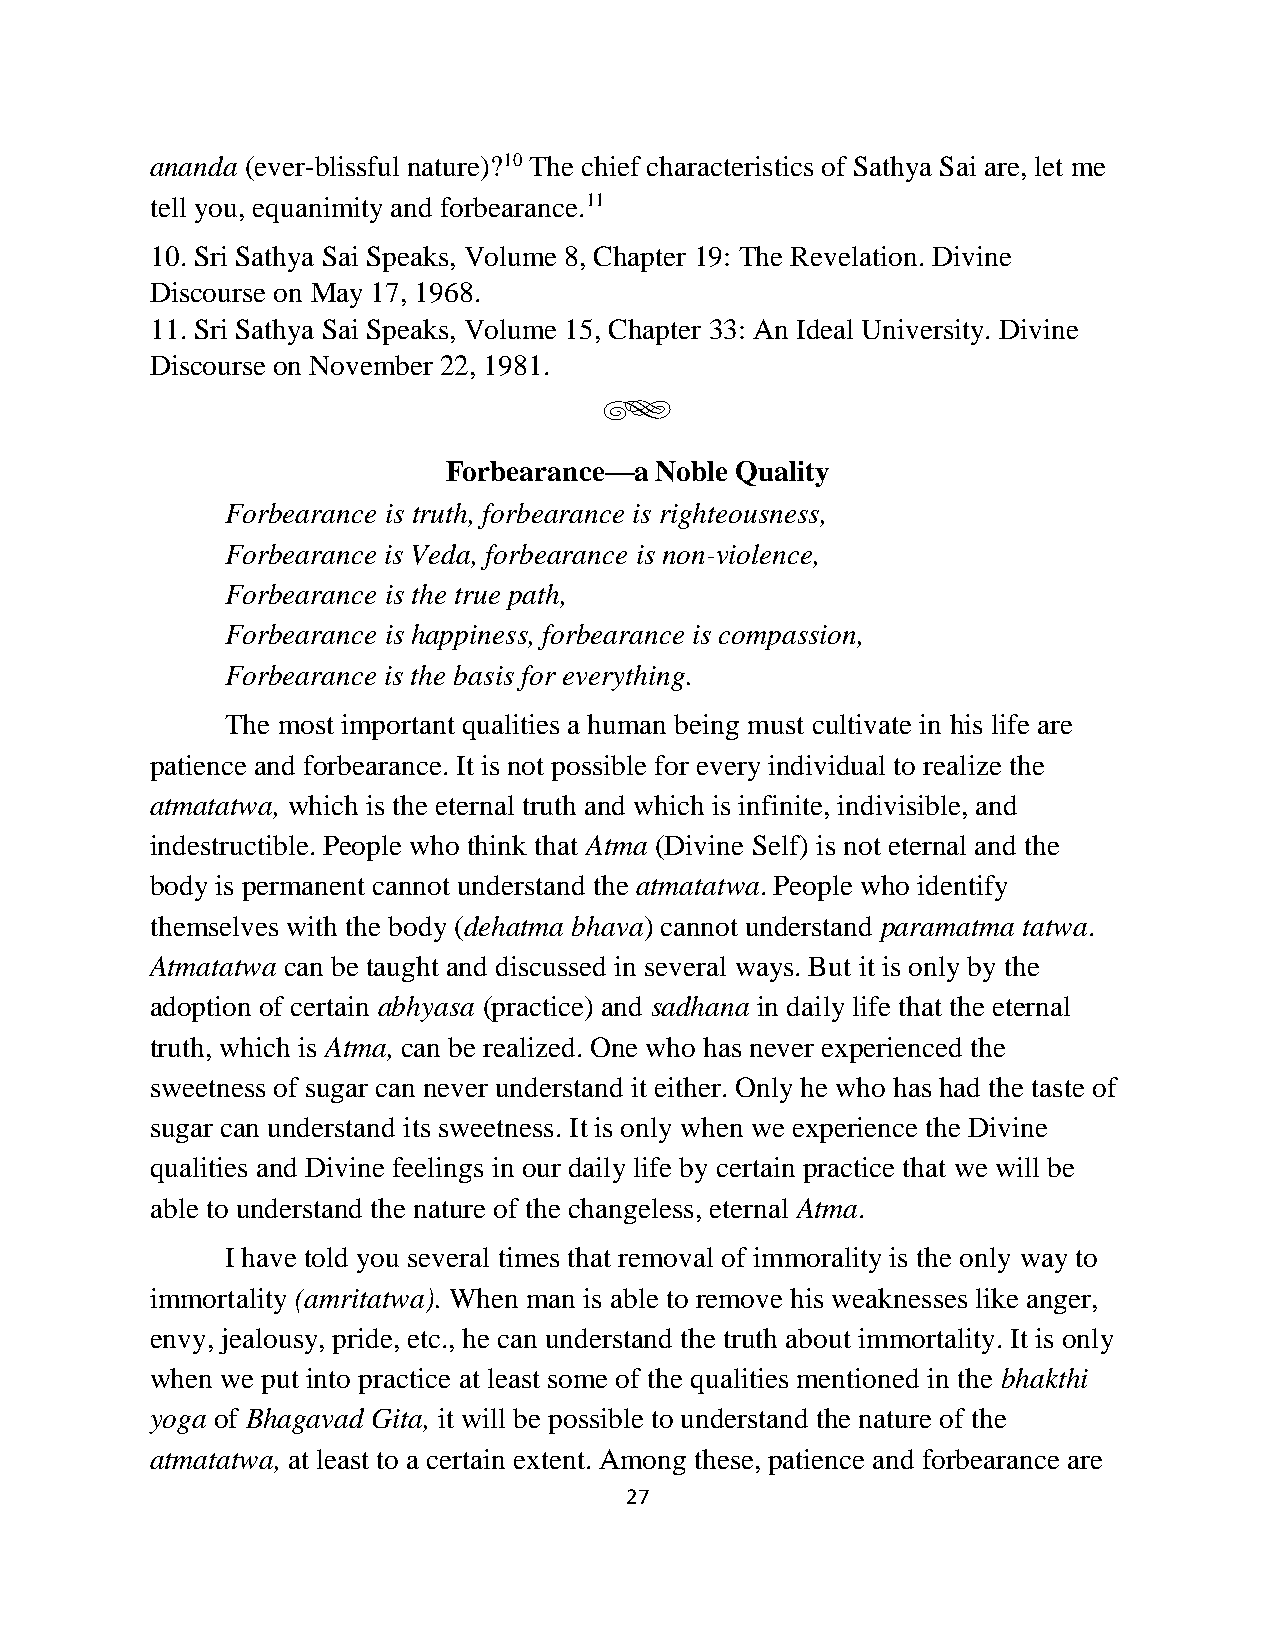
ananda (ever-blissful nature)?10 The chief characteristics of Sathya Sai are, let me
 tell you, equanimity and forbearance.11
 10. Sri Sathya Sai Speaks, Volume 8, Chapter 19: The Revelation. Divine
 Discourse on May 17, 1968.
 11. Sri Sathya Sai Speaks, Volume 15, Chapter 33: An Ideal University. Divine
 Discourse on November 22, 1981.
 g
 Forbearance—a Noble Quality
 Forbearance is truth, forbearance is righteousness,
 Forbearance is Veda, forbearance is non-violence,
 Forbearance is the true path,
 Forbearance is happiness, forbearance is compassion,
 Forbearance is the basis for everything.
 The most important qualities a human being must cultivate in his life are
 patience and forbearance. It is not possible for every individual to realize the
 atmatatwa, which is the eternal truth and which is infinite, indivisible, and
 indestructible. People who think that Atma (Divine Self) is not eternal and the
 body is permanent cannot understand the atmatatwa. People who identify
 themselves with the body (dehatma bhava) cannot understand paramatma tatwa.
 Atmatatwa can be taught and discussed in several ways. But it is only by the
 adoption of certain abhyasa (practice) and sadhana in daily life that the eternal
 truth, which is Atma, can be realized. One who has never experienced the
 sweetness of sugar can never understand it either. Only he who has had the taste of
 sugar can understand its sweetness. It is only when we experience the Divine
 qualities and Divine feelings in our daily life by certain practice that we will be
 able to understand the nature of the changeless, eternal Atma.
 I have told you several times that removal of immorality is the only way to
 immortality (amritatwa). When man is able to remove his weaknesses like anger,
 envy, jealousy, pride, etc., he can understand the truth about immortality. It is only
 when we put into practice at least some of the qualities mentioned in the bhakthi
 yoga of Bhagavad Gita, it will be possible to understand the nature of the
 atmatatwa, at least to a certain extent. Among these, patience and forbearance are
 27